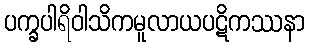
ပက္ခပါရိဝါသိကမူလာယပဋိကဿနာ